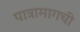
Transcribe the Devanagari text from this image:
पात्रामागची